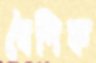
বৈণিক